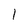
Character: 1